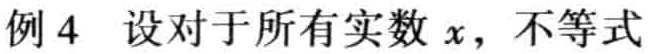
例4 设对于所有实数 \(x\)，不等式